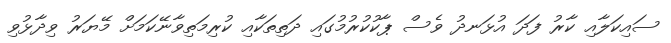
ސައިކަލާއި ކާރު ފަދަ އުޅަނދު ވެސް ޕާކުކުރުމުގައި ދަތިތަކާއި ކުރިމަތިވާނޭކަމަށް މޭޔަރު ވިދާޅުވި